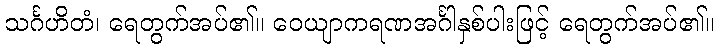
သင်္ဂဟိတံ၊ ရေတွက်အပ်၏။ ဝေယျာကရဏအင်္ဂါနှစ်ပါးဖြင့် ရေတွက်အပ်၏။